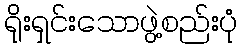
ရိုးရှင်းသောဖွဲ့စည်းပုံ